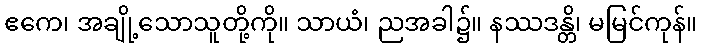
ဧကေ၊ အချို့သောသူတို့ကို။ သာယံ၊ ညအခါ၌။ နဿဒန္တိ၊ မမြင်ကုန်။